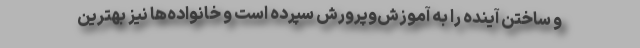
و ساختن آینده را به آموزش‌وپرورش سپرده است و خانواده‌ها نیز بهترین